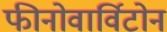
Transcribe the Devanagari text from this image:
फीनोवार्विटोन